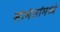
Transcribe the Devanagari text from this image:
सामंतांमध्ये